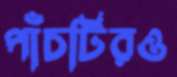
পাঁচটিরও